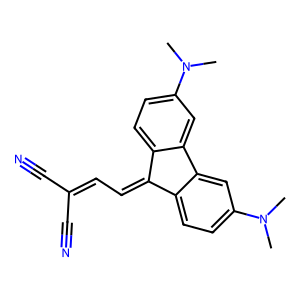
SMILES: CN(C)c1ccc2c(c1)-c1cc(N(C)C)ccc1C2=CC=C(C#N)C#N
Inhibits HIV replication: No